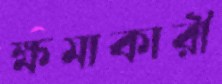
ক্ষমাকারী